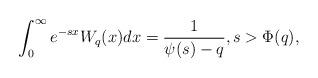
LaTeX: \begin{align*}\int_0^{\infty} e^{-sx}W_{q}(x)dx=\frac{1}{\psi(s)-q},s>\Phi(q),\end{align*}